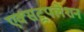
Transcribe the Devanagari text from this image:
एक्सट्रपलेशन